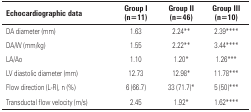
<table><thead><tr><td><b>Echocardiographic data</b></td><td><b>Group I (n=11)</b></td><td><b>Group II (n=46)</b></td><td><b>Group III (n=10)</b></td></tr></thead><tbody><tr><td>DA diameter (mm)</td><td>1.63</td><td>2.24**</td><td>2.39****</td></tr><tr><td>DA/W (mm/kg)</td><td>1.55</td><td>2.22**</td><td>3.44****</td></tr><tr><td>LA/Ao</td><td>1.10</td><td>1.20*</td><td>1.26***</td></tr><tr><td>LV diastolic diameter (mm)</td><td>12.73</td><td>12.98*</td><td>11.78***</td></tr><tr><td>Flow direction (L-R), n (%)</td><td>6 (66.7)</td><td>33 (71.7)*</td><td>5 (50)***</td></tr><tr><td>Transductal flow velocity (m/s)</td><td>2.45</td><td>1.92*</td><td>1.62****</td></tr></tbody></table>